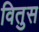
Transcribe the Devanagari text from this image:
वितुस